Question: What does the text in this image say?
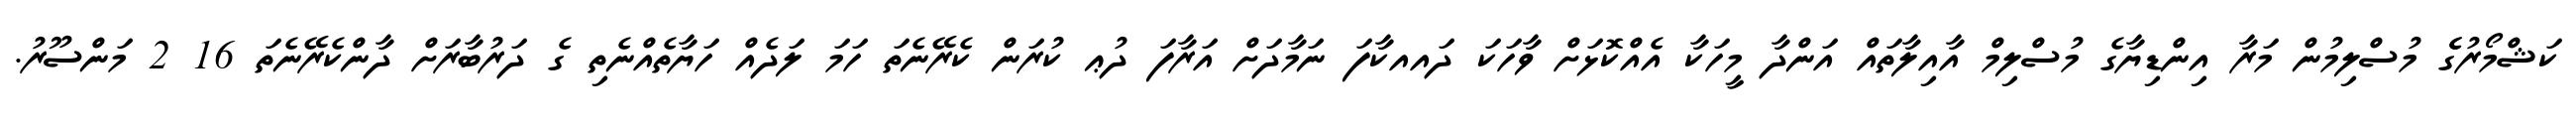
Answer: ކަޝްމޯރުގެެ މުސްލިމުން މަރާ އިންޑިޔާގެ މުސްލިމް އާއިލާތައް އަންދާ މީހަކާ އެއްކޮޅަށް ވާހަކަ ދައއކާފަ ނަމާދަށް އަރާފަ ދުޢ ކުރަން ކެރޭނެތަ ހަމަ ލަދެއް ހަޔާތެއްނެތި ގެ ދަރުބާރަށް ދާންކެރޭނެތަ 16 2 މަންސޫރު.